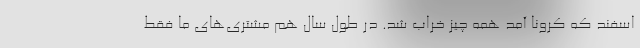
اسفند که کرونا آمد همه چیز خراب شد. در طول سال هم مشتری‌های ما فقط